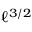
\ell ^ { 3 / 2 }